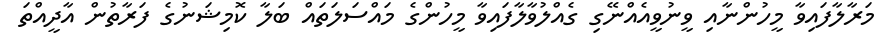
މަރާލާފައިވާ މީހުންނާއި ވީނުވީއެއްނޭގި ގެއްލުވާލާފައިވާ މީހުންގެ މައްސަލަތައް ބަލާ ކޮމިޝަނުގެ ފަރާތުން އާދީއްތަ